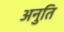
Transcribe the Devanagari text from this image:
अनुति